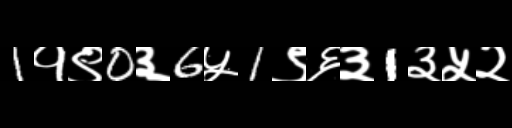
Text: 1१९0३6५1९६३1३५२